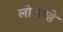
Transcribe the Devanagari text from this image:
लोखण्डे